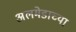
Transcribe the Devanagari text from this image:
अलमेडाच्या